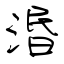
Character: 湣